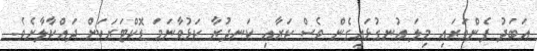
އަބަދު ފެންވަރައި މިލަ އުނގުޅައިގެން ވެސް ކަރާއި ކަނދުރާ ކަޅުވާނަމަ ޑޮކްޓަރަކަށް ދައްކާލާށެވެ.